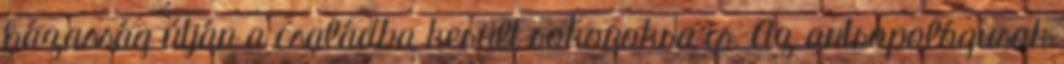
házasság útján a családba került rokonokra is. Az antropológusok